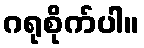
ဂရုစိုက်ပါ။